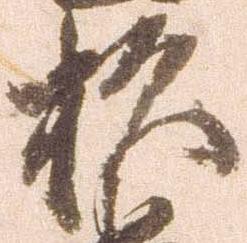
杉